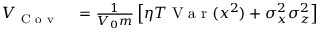
\begin{array} { r l } { V _ { \mathrm { ~ C ~ o ~ v ~ } } } & { { } = \frac { 1 } { V _ { 0 } m } \left[ \eta T \mathrm { ~ V ~ a ~ r ~ } ( x ^ { 2 } ) + \sigma _ { x } ^ { 2 } \sigma _ { z } ^ { 2 } \right] } \end{array}